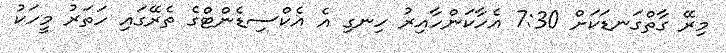
މިރޭ ގާތްގަނޑަކަށް 7:30 އެހާކަންހާއިރު ހިނގި އެ އެކްސިޑެންޓްގެ ތެރޭގައި ހަތަރު މީހަކު